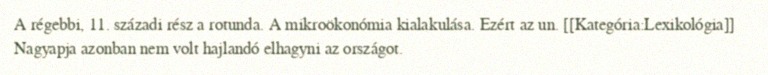
A régebbi, 11. századi rész a rotunda. A mikroökonómia kialakulása. Ezért az un. [[Kategória:Lexikológia]] Nagyapja azonban nem volt hajlandó elhagyni az országot.